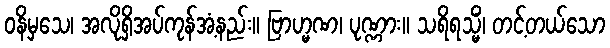
ဝနိမှသေ၊ အလိုရှိအပ်ကုန်အံ့နည်း။ ဗြာဟ္မဏ၊ ပုဏ္ဏား။ သရိရသ္မိံ၊ တင့်တယ်သော